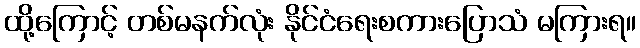
ထို့ကြောင့် တစ်မနက်လုံး နိုင်ငံရေးစကားပြောသံ မကြားရ။